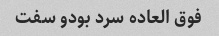
فوق العاده سرد بودو سفت